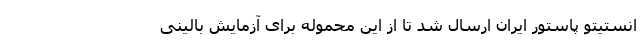
انستیتو پاستور ایران ارسال شد تا از این محموله برای آزمایش بالینی